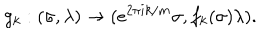
g _ { k } : ( \sigma , \lambda ) \rightarrow ( e ^ { 2 \pi i k / m } \sigma , f _ { k } ( \sigma ) \lambda ) .